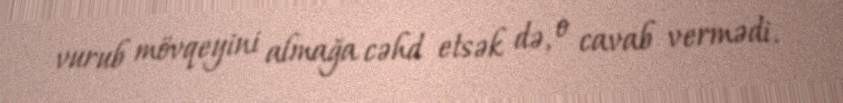
vurub mövqeyini almağa cəhd etsək də, o cavab vermədi.